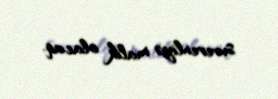
suverenliyə malik olacaq.